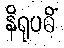
နိရုပဓိံ